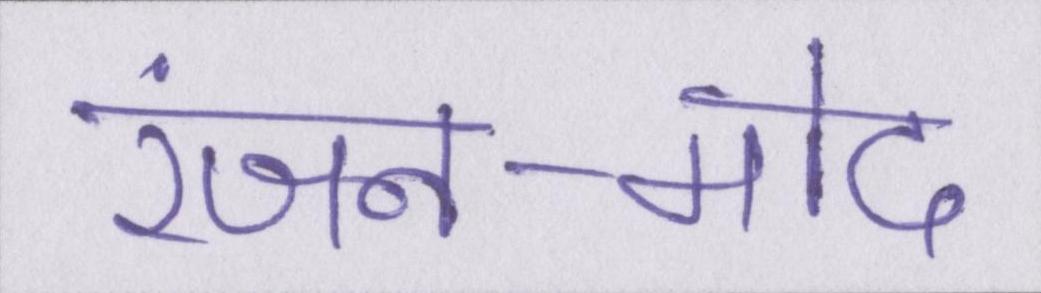
रंजन-मोद